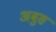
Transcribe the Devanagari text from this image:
अबुस